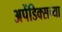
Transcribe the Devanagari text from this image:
अपेंडिक्सच्या